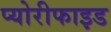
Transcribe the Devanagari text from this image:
प्योरीफाइड